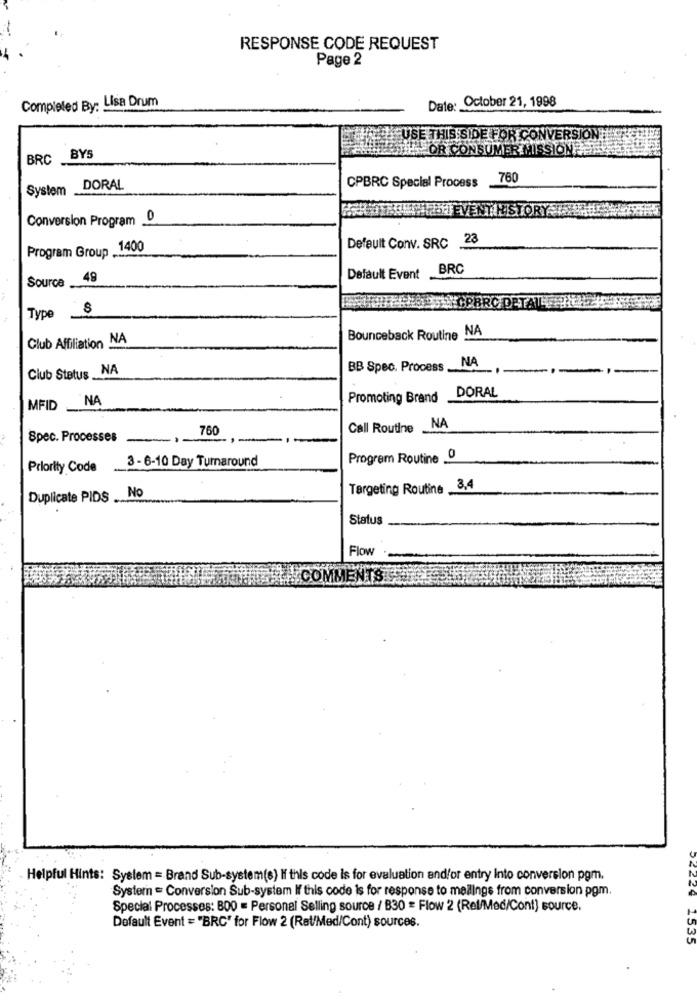
RESPONSE CODE REQUEST
Page 2
Completed By: Lisa Drum
Date: October 21, 1998
USE THIS SIDE FOR CONVERSION!
SUMER
BRC BYS
CPBRC Special Process
760
System
DORAL
HEUTEVENTHISTO
Conversion Program 0
Default Conv. SRC 28
Program Group 1400
BRC
Source _
49
Default Event
OPBROE
Type
Club Affiliation NA
Bounceback Routine NA
NA
Club Status NA
BB Spec. Process
NA
Promoting Brand DORAL
MFID_
760
Call Routine
NA
Spec. Processes
3 - 6-10 Day Turnaround
Program Routine 0
Priority Code
Targeting Routine 3,4
Duplicate PIDS . No
Status
Flow
COMME
Helpful Hints: System = Brand Sub-system(s) If this code is for evaluation andfor entry into conversion pgm.
System = Conversion Sub-system If this code is for response to mailings from conversion pgm.
Special Processes: 800 = Personal Selling source / B30 = Flow 2 (Rel/Med/Cont) source.
Default Event = "BRC" for Flow 2 (Rat/Med/Cont) sources.
1535